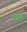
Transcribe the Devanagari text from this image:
पत्रपुत